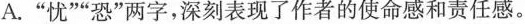
A.”忧””恐”两字，深刻表现了作者的使命感和责任感。